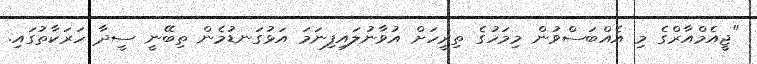
"ޖީއެމްއާރްގެ މި އެއްބަސްވުން މިމަހުގެ ތިރީހަށް އުވާނުލައިފިނަމަ އަޅުގަނޑުމެން ތިބޭނީ ސީދާ ހަރަކާތުގައި.